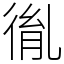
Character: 㣧